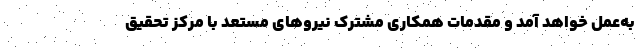
به‌عمل خواهد آمد و مقدمات همکاری مشترک نیروهای مستعد با مرکز تحقیق